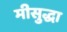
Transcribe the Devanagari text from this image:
मीसुद्धा